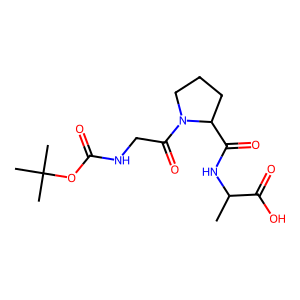
SMILES: CC(NC(=O)C1CCCN1C(=O)CNC(=O)OC(C)(C)C)C(=O)O
Inhibits HIV replication: No